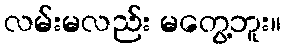
လမ်းမလည်း မတွေ့ဘူး။